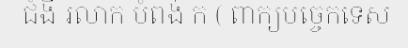
ជំងឺ រលាក បំពង់ ក ( ពាក្យបច្ចេកទេស